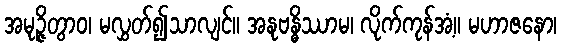
အမုဉ္ဇိတွာဝ၊ မလွှတ်၍သာလျင်။ အနုဗန္ဓိဿာမ၊ လိုက်ကုန်အံ့။ မဟာဇနော၊